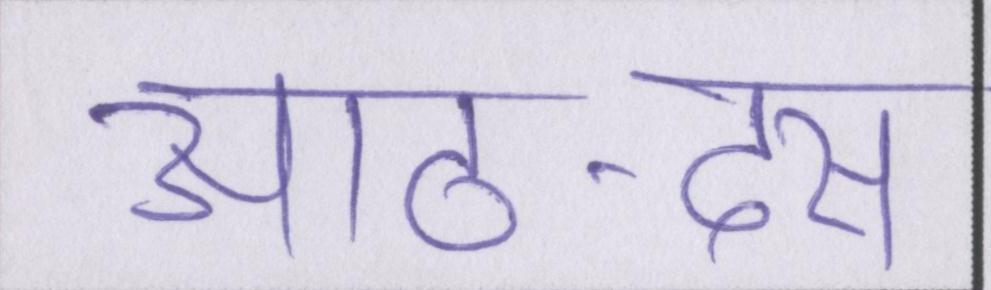
आठ-दस